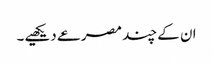
ان کے چند مصرعے دیکھیے۔